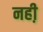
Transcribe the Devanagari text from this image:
नही़